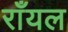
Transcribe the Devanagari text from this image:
राँयल